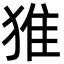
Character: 猚